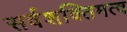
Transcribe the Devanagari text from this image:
सर्वशक्तिमत्व